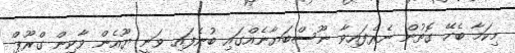
މިކަމާ ބެހޭ ގޮތުން ނެރެފައިވާ ނޫސްބަޔާނެއްގައި ބުނެފައި ވަނީ ޔޫއެން ވާކިން ގްރޫޕް